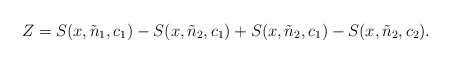
\begin{align*}Z= S(x,\tilde{n}_{1},c_{1})-S(x,\tilde{n}_{2},c_{1}) + S(x,\tilde{n}_{2},c_{1})-S(x,\tilde{n}_{2},c_{2}).\end{align*}